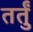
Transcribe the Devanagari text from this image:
तर्तुं